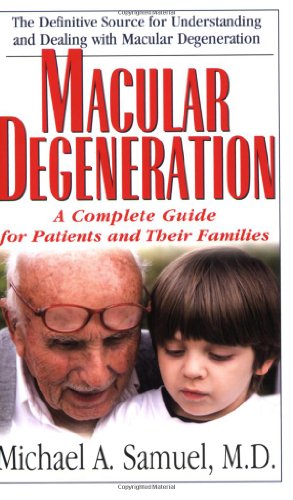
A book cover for Macular Degeneration: A Complete Guide for Patients and Their Families; Michael A. Samuel; Health, Fitness & Dieting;